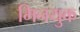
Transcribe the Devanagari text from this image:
मिनयुक